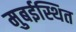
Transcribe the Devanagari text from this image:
मुबईस्थित